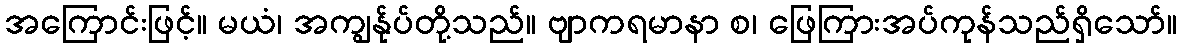
အကြောင်းဖြင့်။ မယံ၊ အကျွန်ုပ်တို့သည်။ ဗျာကရမာနာ စ၊ ဖြေကြားအပ်ကုန်သည်ရှိသော်။